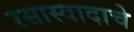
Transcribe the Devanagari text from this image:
रसास्वादाचे